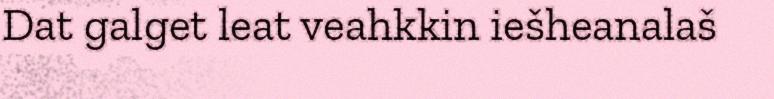
Dat galget leat veahkkin iešheanalaš